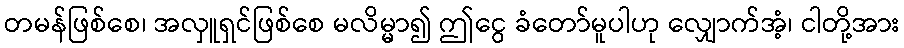
တမန်ဖြစ်စေ၊ အလှူရှင်ဖြစ်စေ မလိမ္မာ၍ ဤငွေ ခံတော်မူပါဟု လျှောက်အံ့၊ ငါတို့အား